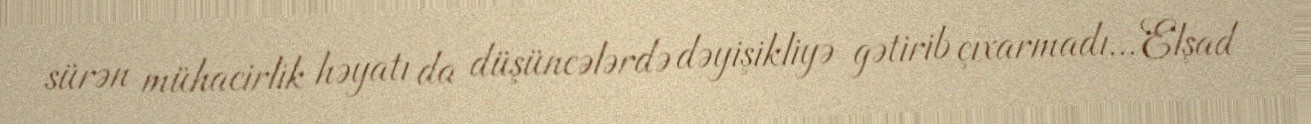
sürən mühacirlik həyatı da düşüncələrdə dəyişikliyə gətirib çıxarmadı... Elşad